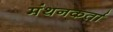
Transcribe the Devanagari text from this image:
मंथनकर्ता